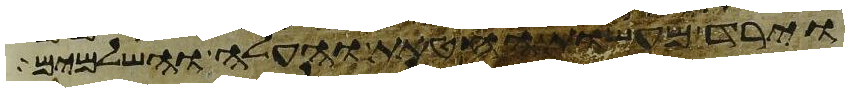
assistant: וירד מעשות החטאת והעלה והשלמים